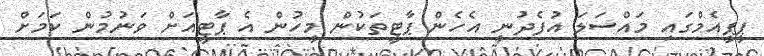
ޕީޕީއެމްގައި މައްސަލަ އުފެދުނީ އެހެން ޕާޓީތަކުން މީހުން އެ ޕާޓީއަށް ވަނުމުން ކަމަށް